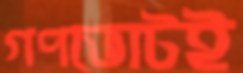
গণভোটই